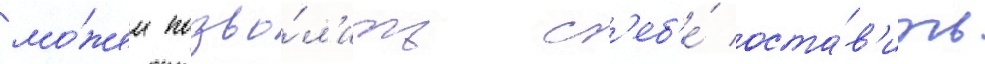
мо́жем позво́л'ить с'еб'е́ оста́в'ить